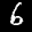
Label: 6